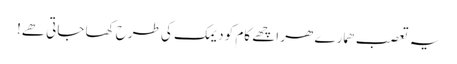
یہ تعصب ھمارے ھر اچھے کام کو دیمک کی طرح کھا جاتی ھے!